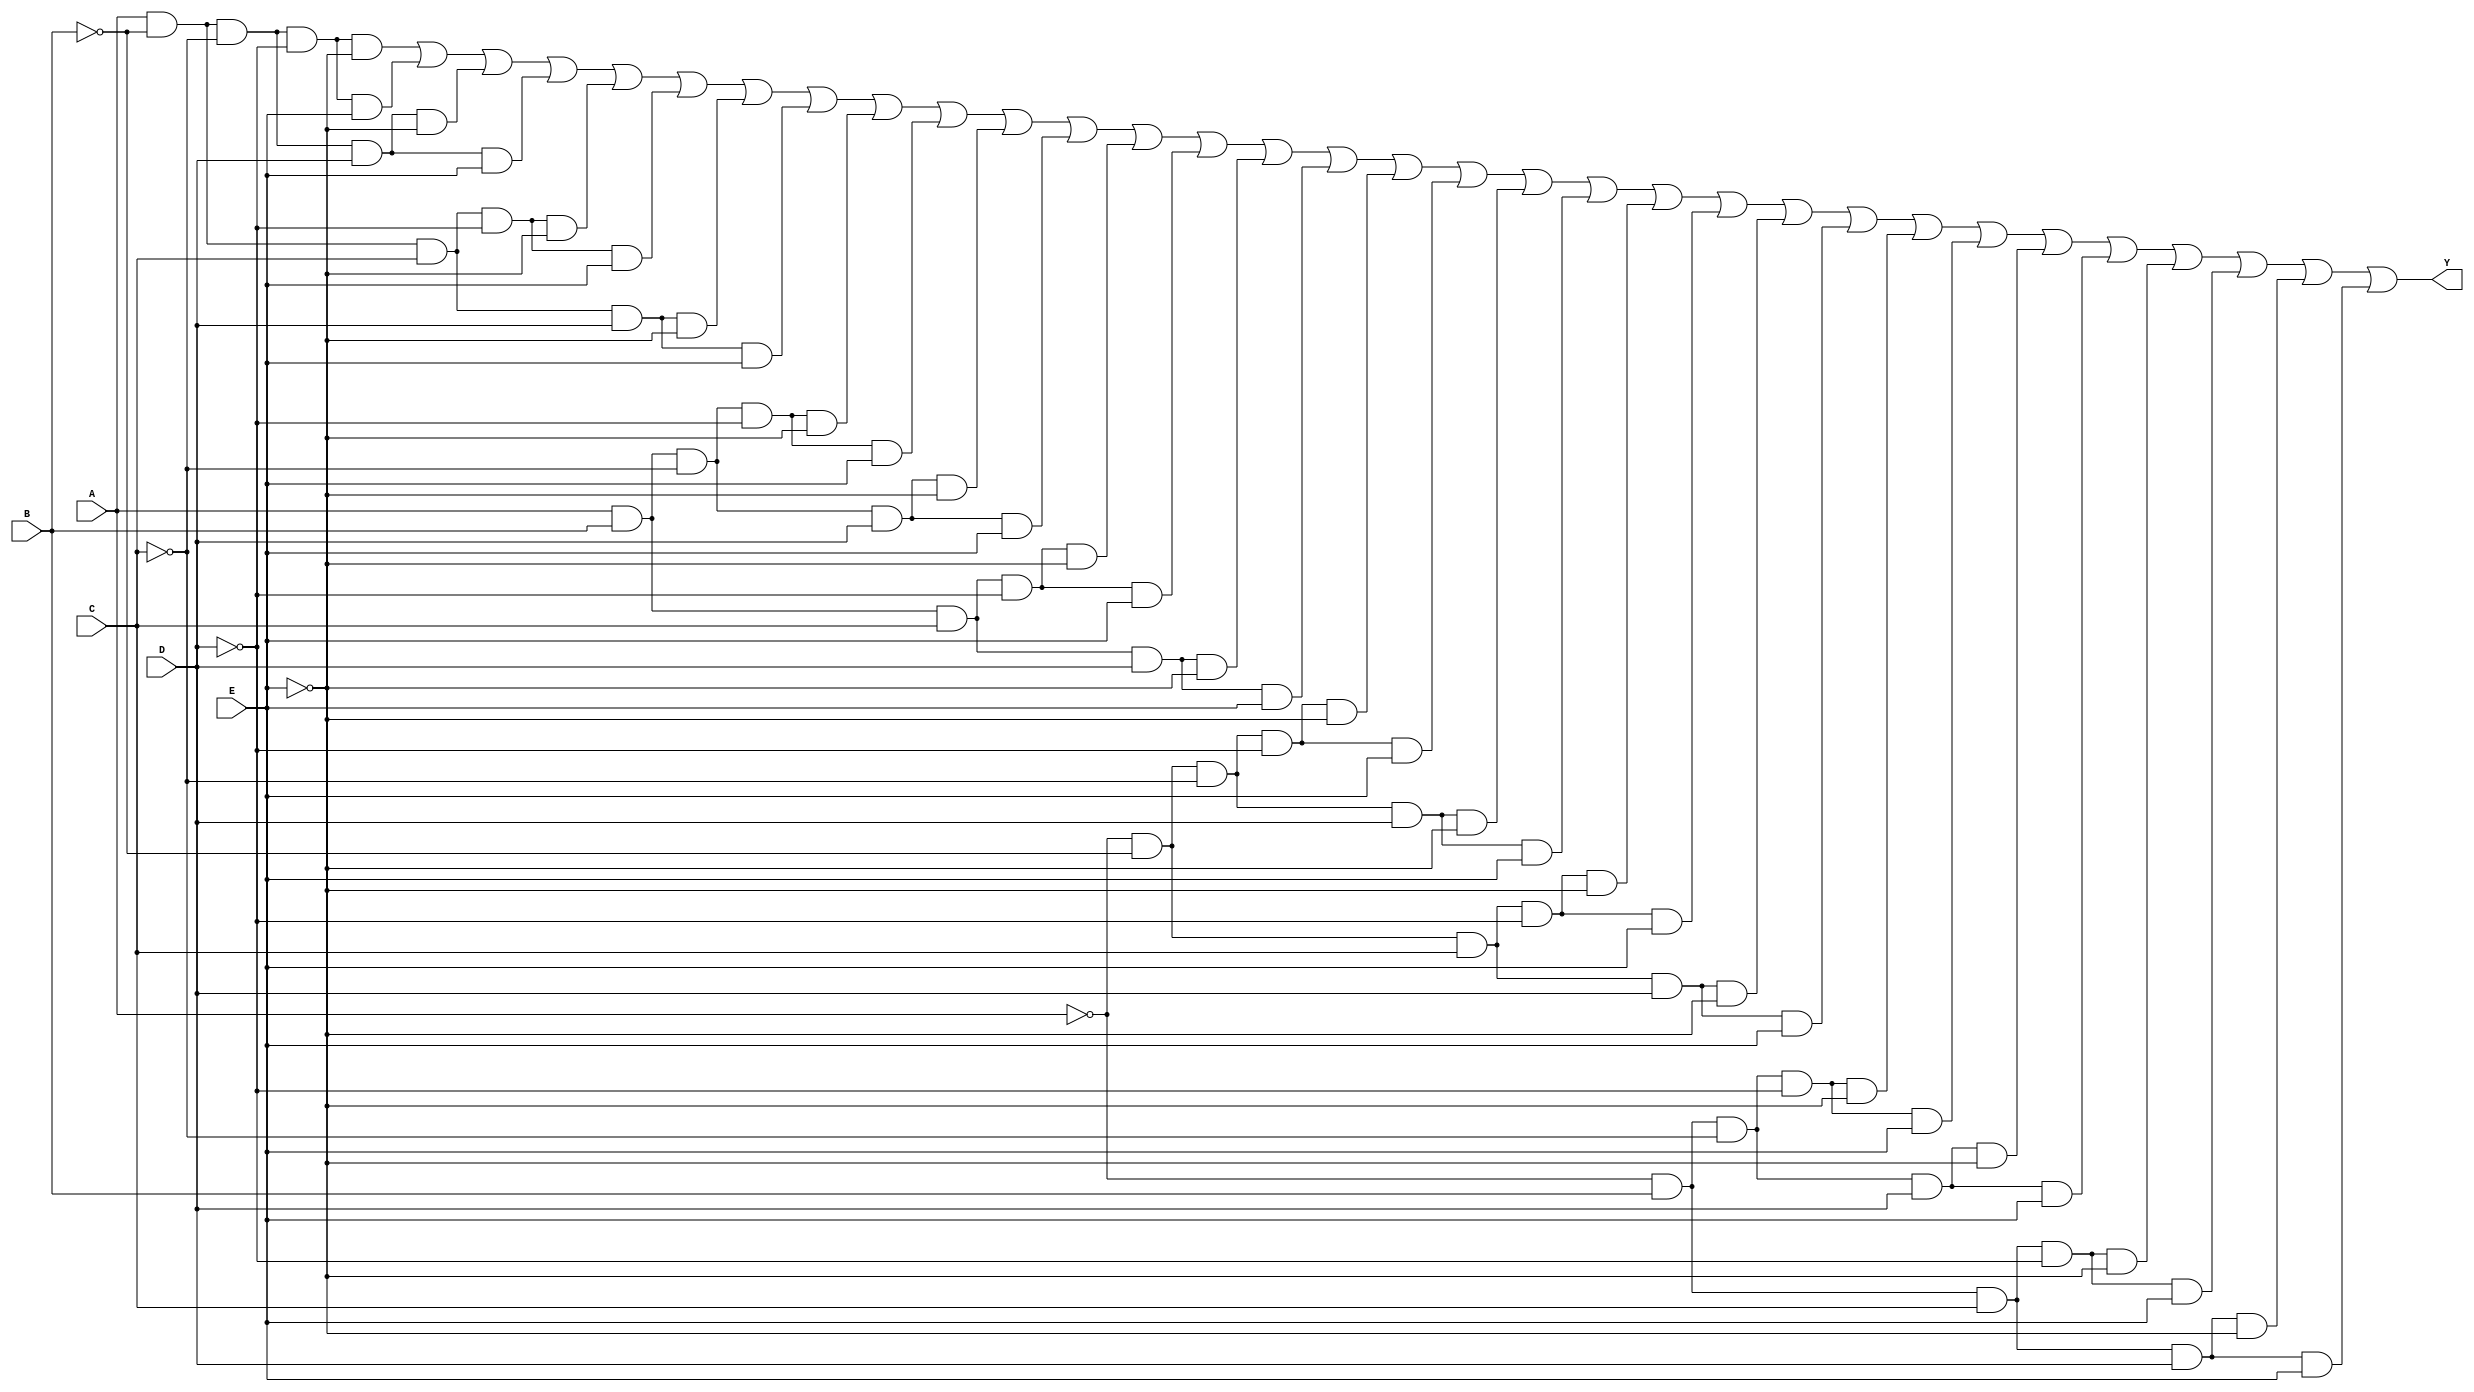
module five_variable_kmap (
    input wire A,   // Input A
    input wire B,   // Input B
    input wire C,   // Input C
    input wire D,   // Input D
    input wire E,   // Input E
    output wire Y   // Output Y
);

// Implementing the K-map logic using an OR of ANDed terms
assign Y = (A & ~B & ~C & ~D & ~E) | // minterm 0
           (A & ~B & ~C & ~D &  E) | // minterm 1
           (A & ~B & ~C &  D & ~E) | // minterm 2
           (A & ~B & ~C &  D &  E) | // minterm 3
           (A & ~B &  C & ~D & ~E) | // minterm 4
           (A & ~B &  C & ~D &  E) | // minterm 5
           (A & ~B &  C &  D & ~E) | // minterm 6
           (A & ~B &  C &  D &  E) | // minterm 7
           (A &  B & ~C & ~D & ~E) | // minterm 8
           (A &  B & ~C & ~D &  E) | // minterm 9
           (A &  B & ~C &  D & ~E) | // minterm 10
           (A &  B & ~C &  D &  E) | // minterm 11
           (A &  B &  C & ~D & ~E) | // minterm 12
           (A &  B &  C & ~D &  E) | // minterm 13
           (A &  B &  C &  D & ~E) | // minterm 14
           (A &  B &  C &  D &  E) | // minterm 15
           (~A & ~B & ~C & ~D & ~E) | // minterm 16
           (~A & ~B & ~C & ~D &  E) | // minterm 17
           (~A & ~B & ~C &  D & ~E) | // minterm 18
           (~A & ~B & ~C &  D &  E) | // minterm 19
           (~A & ~B &  C & ~D & ~E) | // minterm 20
           (~A & ~B &  C & ~D &  E) | // minterm 21
           (~A & ~B &  C &  D & ~E) | // minterm 22
           (~A & ~B &  C &  D &  E) | // minterm 23
           (~A &  B & ~C & ~D & ~E) | // minterm 24
           (~A &  B & ~C & ~D &  E) | // minterm 25
           (~A &  B & ~C &  D & ~E) | // minterm 26
           (~A &  B & ~C &  D &  E) | // minterm 27
           (~A &  B &  C & ~D & ~E) | // minterm 28
           (~A &  B &  C & ~D &  E) | // minterm 29
           (~A &  B &  C &  D & ~E) | // minterm 30
           (~A &  B &  C &  D &  E);  // minterm 31

endmodule